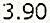
3.90